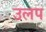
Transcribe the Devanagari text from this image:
उलप